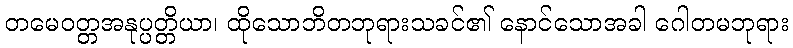
တမေဝတ္တအနုပ္ပတ္တိယာ၊ ထိုသောဘိတဘုရားသခင်၏ နောင်သောအခါ ဂေါတမဘုရား